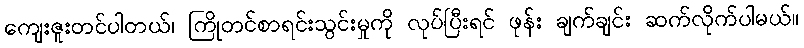
ကျေးဇူးတင်ပါတယ်၊ ကြိုတင်စာရင်းသွင်းမှုကို လုပ်ပြီးရင် ဖုန်း ချက်ချင်း ဆက်လိုက်ပါမယ်။